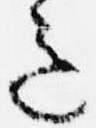
意